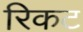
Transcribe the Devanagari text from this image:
रिकट